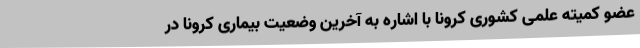
عضو کمیته علمی کشوری کرونا با اشاره به آخرین وضعیت بیماری کرونا در